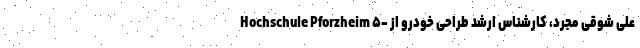
Hochschule Pforzheim ۵- علی شوقی مجرد، کارشناس ارشد طراحی خودرو از